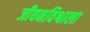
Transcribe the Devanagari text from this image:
जीवनविश्वाला